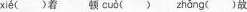
xié ()着 顿 cuò（) zhǎng ()故